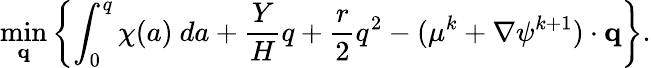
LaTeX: \operatorname*{min}_{\mathbf{q}}\left\{ \int_{0}^{q}\chi(a)~da+\frac{Y}{H}q+\frac{r}{2}q^{2}-(\mathbf{\mu}^{k}+\nabla\psi^{k+1})\cdot\mathbf{q}\right\} .